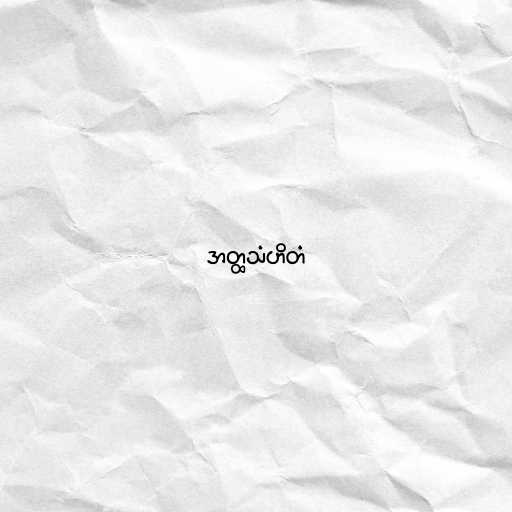
အတ္ထသံဟိတံ